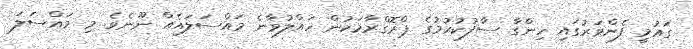
ގައުމީ ފެންވަރުގައި ހިންގާ ސާފުކުރުމުގެ ޕްރޮގްރާމަކުން ހައްލުވާނެ މައްސަލައެއް ނޫނެވެ. މި މައްސަލަ